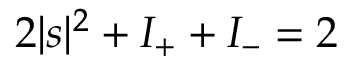
2 | s | ^ { 2 } + I _ { + } + I _ { - } = 2